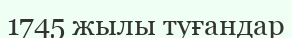
1745 жылы туғандар